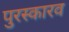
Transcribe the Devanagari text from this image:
पुरस्कारव